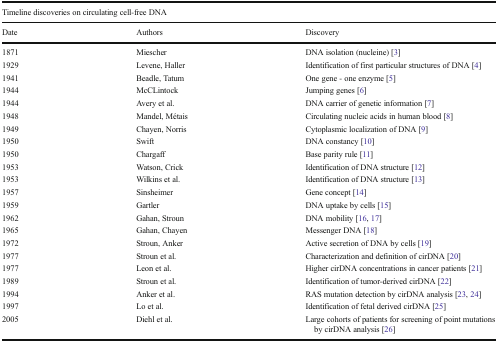
<table><thead><tr><td colspan="3"><b>Timeline discoveries on circulating cell-free DNA</b></td></tr><tr><td><b>Date</b></td><td><b>Authors</b></td><td><b>Discovery</b></td></tr></thead><tbody><tr><td>1871</td><td>Miescher</td><td>DNA isolation (nucleine) [3]</td></tr><tr><td>1929</td><td>Levene, Haller</td><td>Identification of first particular structures of DNA [4]</td></tr><tr><td>1941</td><td>Beadle, Tatum</td><td>One gene - one enzyme [5]</td></tr><tr><td>1944</td><td>McCLintock</td><td>Jumping genes [6]</td></tr><tr><td>1944</td><td>Avery et al.</td><td>DNA carrier of genetic information [7]</td></tr><tr><td>1948</td><td>Mandel, Métais</td><td>Circulating nucleic acids in human blood [8]</td></tr><tr><td>1949</td><td>Chayen, Norris</td><td>Cytoplasmic localization of DNA [9]</td></tr><tr><td>1950</td><td>Swift</td><td>DNA constancy [10]</td></tr><tr><td>1950</td><td>Chargaff</td><td>Base parity rule [11]</td></tr><tr><td>1953</td><td>Watson, Crick</td><td>Identification of DNA structure [12]</td></tr><tr><td>1953</td><td>Wilkins et al.</td><td>Identification of DNA structure [13]</td></tr><tr><td>1957</td><td>Sinsheimer</td><td>Gene concept [14]</td></tr><tr><td>1959</td><td>Gartler</td><td>DNA uptake by cells [15]</td></tr><tr><td>1962</td><td>Gahan, Stroun</td><td>DNA mobility [16, 17]</td></tr><tr><td>1965</td><td>Gahan, Chayen</td><td>Messenger DNA [18]</td></tr><tr><td>1972</td><td>Stroun, Anker</td><td>Active secretion of DNA by cells [19]</td></tr><tr><td>1977</td><td>Stroun et al.</td><td>Characterization and definition of cirDNA [20]</td></tr><tr><td>1977</td><td>Leon et al.</td><td>Higher cirDNA concentrations in cancer patients [21]</td></tr><tr><td>1989</td><td>Stroun et al.</td><td>Identification of tumor-derived cirDNA [22]</td></tr><tr><td>1994</td><td>Anker et al.</td><td>RAS mutation detection by cirDNA analysis [23, 24]</td></tr><tr><td>1997</td><td>Lo et al.</td><td>Identification of fetal derived cirDNA [25]</td></tr><tr><td>2005</td><td>Diehl et al.</td><td>Large cohorts of patients for screening of point mutations by cirDNA analysis [26]</td></tr></tbody></table>